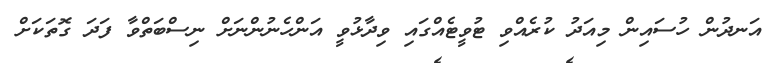
އަނދުން ހުސައިން މިއަދު ކުރެއްވި ޓުވީޓެއްގައި ވިދާޅުވީ އަންހެނުންނަށް ނިސްބަތްވާ ފަދަ ގޮތަކަށް